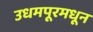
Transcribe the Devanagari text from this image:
उधमपूरमधून